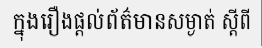
ក្នុងរឿងផ្តល់ព័ត៌មានសម្ងាត់ ស្តីពី